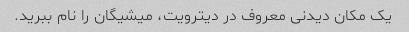
یک مکان دیدنی معروف در دیترویت، میشیگان را نام ببرید.